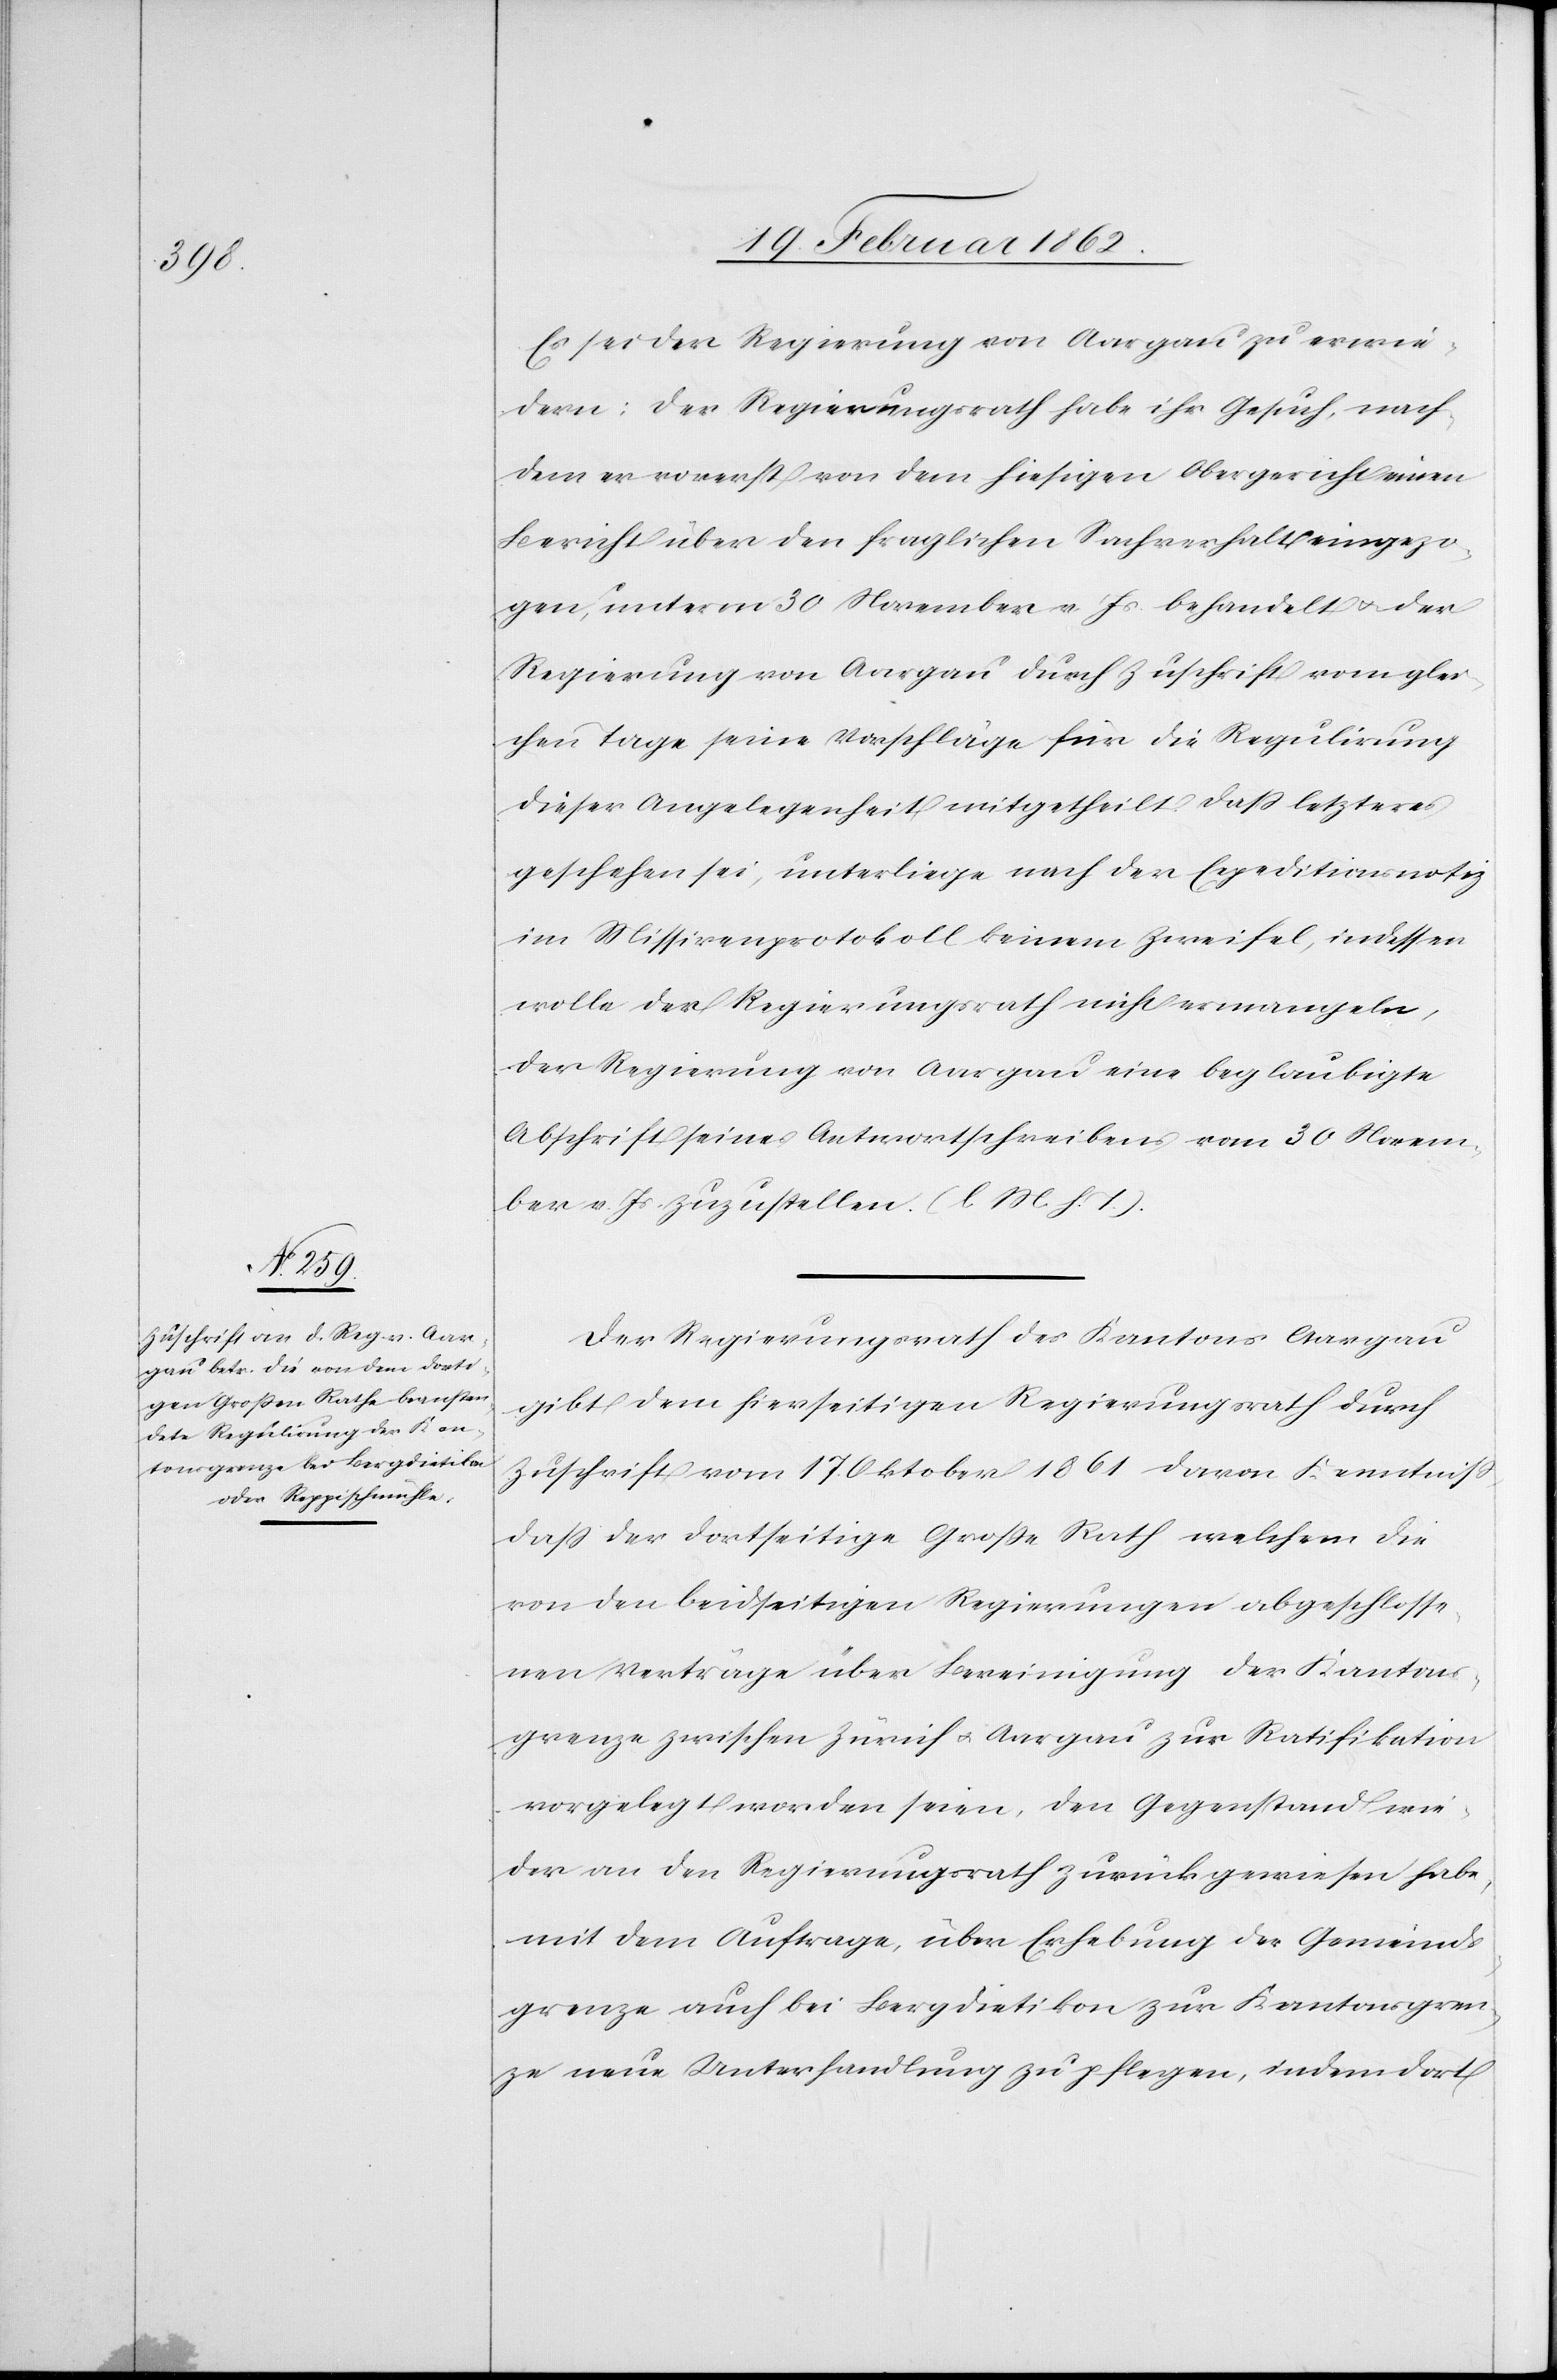
Es sei der Regierung von Aargau zu erwie¬
dern: Der Regierungsrath habe ihr Gesuch, nach¬
dem er vorerst von dem hiesigen Obergericht einen
Bericht über den fraglichen Sachverhalt eingezo¬
gen, unterm 30 November v. Js. behandelt u. der
Regierung von Aargau durch Zuschrift vom glei¬
chen Tage seine Vorschläge für die Regulirung
dieser Angelegenheit mitgetheilt. Daß letzteres
geschehen sei, unterliege nach der Expeditionsnotiz
im Missivenprotokoll keinem Zweifel, indessen
wolle der Regierungsrath nicht ermangeln,
der Regierung von Aargau eine beglaubigte
Abschrift seines Anwortschreibens vom 30 Novem¬
ber v. Js. zuzustellen. (l M h. T).
Der Regierungsrath des Kantons Aargau
gibt dem hierseitigen Regierungsrath durch
Zuschrift vom 17. Oktober 1861 davon Kenntniß,
daß der dortseitige Große Rath welchem die
von den beidseitigen Regierungen abgeschlosse¬
nen Verträge über Bereinigung der Kantons¬
grenze zwischen Zürich u. Aargau zur Ratifikation
vorgelegt worden seien, den Gegenstand wie¬
der an den Regierungsrath zurückgewiesen habe,
mit dem Auftrage, über Erhebung der Gemeinds¬
grenze auch bei Bergdietikon zur Kantonsgren¬
ze neue Unterhandlung zu pflegen, indem dort